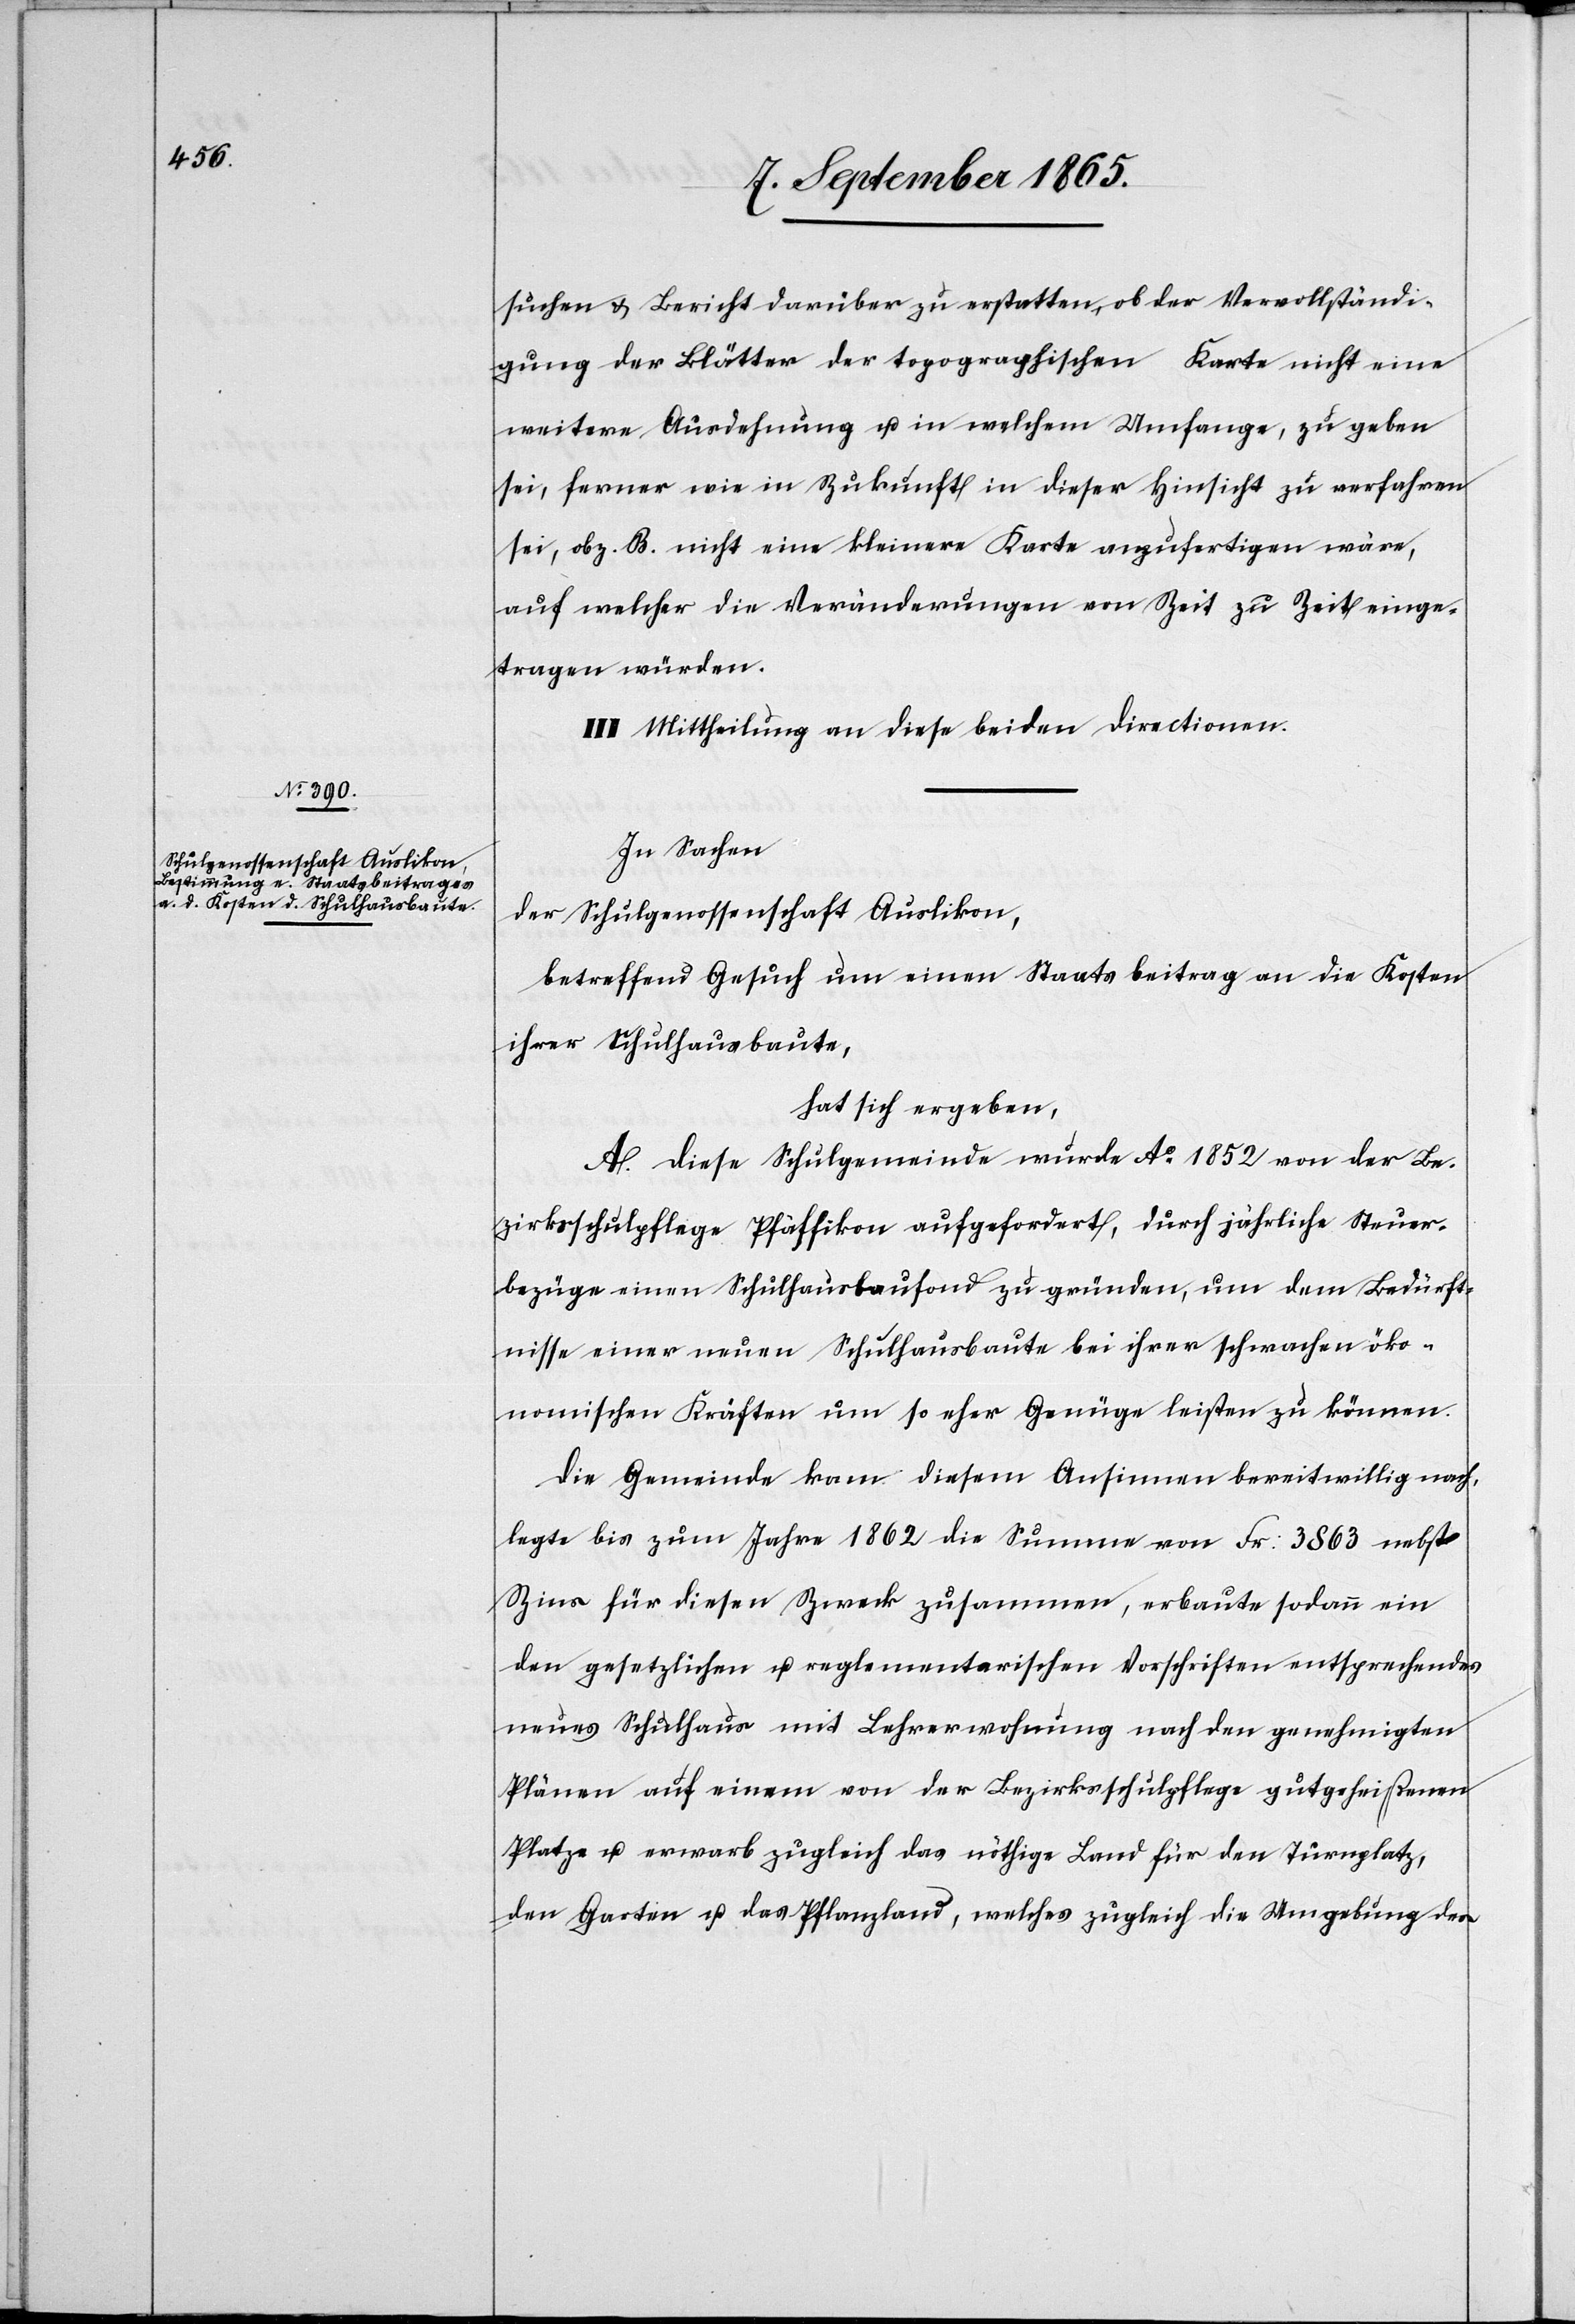
suchen u. Bericht darüber zu erstatten, ob der Vervollständi¬
gung der Blätter der topographischen Karte nicht eine
weitere Ausdehnung u. in welchem Umfange, zu geben
sei, ferner wie in Zukunft in dieser Hinsicht zu verfahren
sei, ob z. B. nicht eine kleinere Karte anzufertigen wäre,
auf welcher die Veränderungen von Zeit zu Zeit einge¬
tragen würden.
III. Mittheilung an diese beiden Directionen.
In Sachen
der Schulgenossenschaft Auslikon,
betreffend Gesuch um einen Staatsbeitrag an die Kosten
ihrer Schulhausbaute,
hat sich ergeben,
A. Diese Schulgemeinde wurde Ao 1852 von der Be¬
zirksschulpflege Pfäffikon aufgefordert, durch jährliche Steuer¬
bezüge einen Schulhausbaufond zu gründen, um dem Bedürft¬
nisse einer neuen Schulhausbaute bei ihrer schwachen öko¬
nomischen Kräften um so eher Genüge leisten zu können.
Die Gemeinde kam diesem Ansinnen bereitwillig nach,
legte bis zum Jahre 1862 die Summe von Fr: 3863 nebst
Zins für diesen Zweck zusammen, erbaute sodann ein
den gesetzlichen u. reglementarischen Vorschriften entsprechendes
neues Schulhaus mit Lehrerwohnung nach den genehmigten
Plänen auf einem von der Bezirksschulpflege gutgeheißenen
Platze u. erwarb zugleich das nöthige Land für den Turnplatz,
den Garten u. das Pflanzland, welches zugleich die Umgebung des